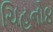
ચિહનો૪